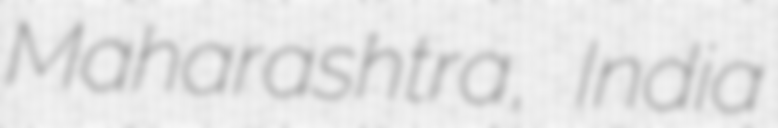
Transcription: Maharashtra, India